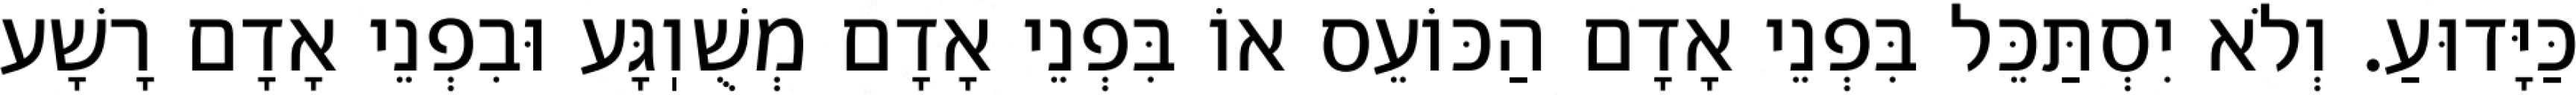
כַּיָּדוּעַ. וְלֹא יִסְתַּכֵּל בִּפְנֵי אָדָם הַכּוֹעֵס אוֹ בִּפְנֵי אָדָם מְשֻׁוֽגָּע וּבִפְנֵי אָדָם רָשָׁע